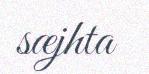
sæjhta